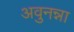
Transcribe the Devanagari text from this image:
अवुनन्ना